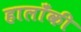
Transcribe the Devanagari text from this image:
हालाँकी